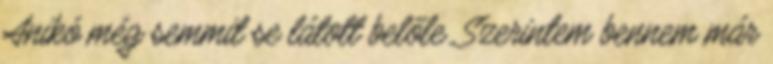
Anikó még semmit se látott belőle. Szerintem bennem már